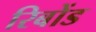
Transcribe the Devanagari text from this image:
रिबोंड